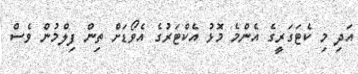
އަދި މި ކެޓަގަރީގެ އެންމެ މޮޅު އެކްޓަރުގެ އެވޯޑަށް ތިން ފިލްމުން ވެސް